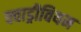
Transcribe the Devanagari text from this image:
क्वाड्रीवियम